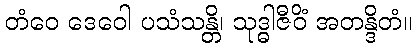
တံဝေ ဒေဝေါ ပသံသန္တိ၊ သုဒ္ဓါဇီဝိံ အတန္ဒိတံ။